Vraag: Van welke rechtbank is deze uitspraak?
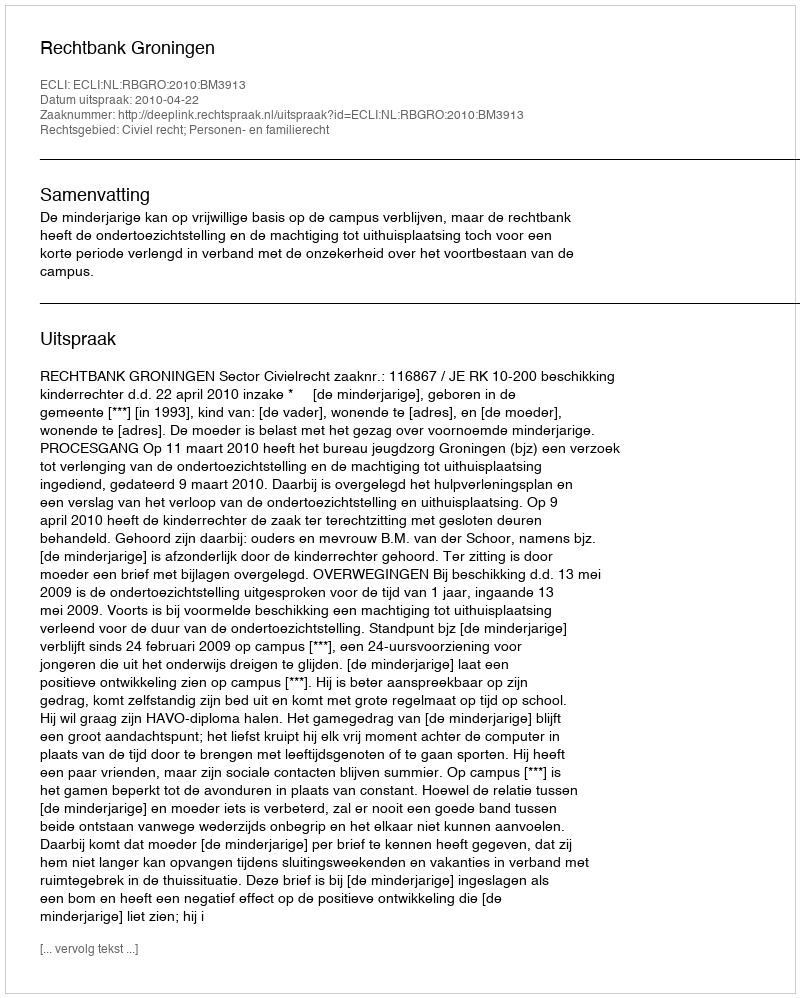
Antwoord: Rechtbank Groningen